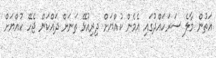
އަތުން މާލެ ސަރަހައްދުގައި އެމެން ކުއްޔަށް ދިރިއުޅޭ ތަނަށް ދައްކަން ޖެހޭ ކުއްޔަށް